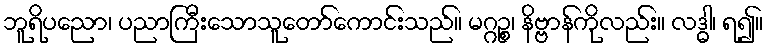
ဘူရိပညော၊ ပညာကြီးသောသူတော်ကောင်းသည်။ မဂ္ဂဉ္စ၊ နိဗ္ဗာန်ကိုလည်း။ လဒ္ဓါ၊ ရ၍။